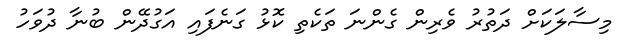
މިސާލަކަށް ދަތުރު ވެރިން ގެންނަ ތަކެތި ކޮޅު ގަނެފައި އަގުދޭން ބުނާ ދުވަހު